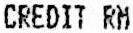
CREDIT RM